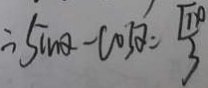
\therefore \sin \alpha - \cos \alpha = \frac { \sqrt { 1 0 } } { 3 }